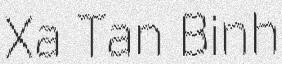
Xa Tan Binh